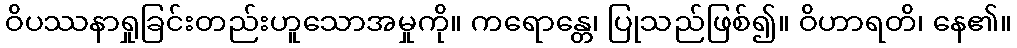
ဝိပဿနာရှုခြင်းတည်းဟူသောအမှုကို။ ကရောန္တေ၊ ပြုသည်ဖြစ်၍။ ဝိဟာရတိ၊ နေ၏။